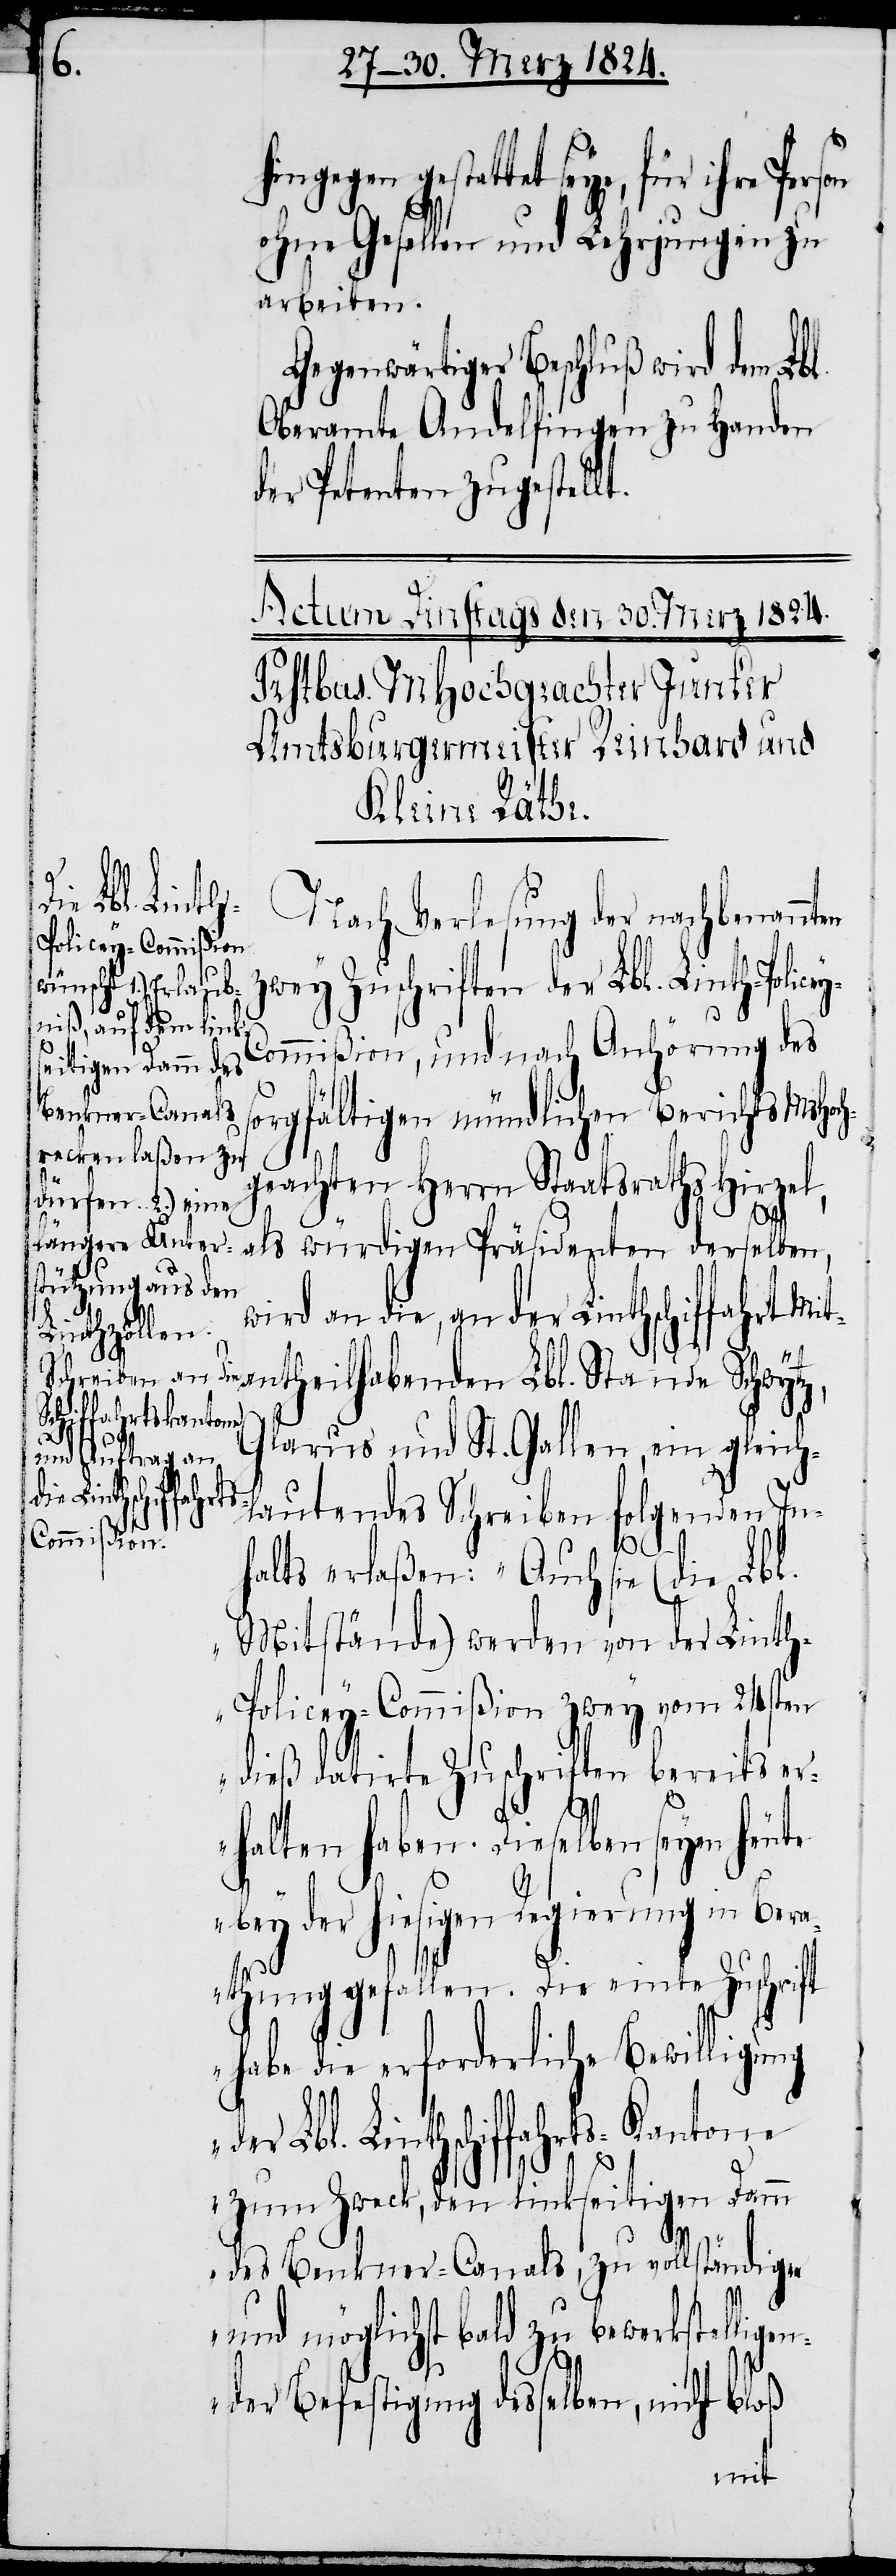
t.

gegen gestattet seye, für ihre
ohne Gesellen und Lehrjungen zu
arbeiten.
genwärtiger Beschluß wird dem Lb¬
Oberamte Andelfingen zu Handen
der Petenten zugestell¬
z,
der Lbl. Linth¬
Nach Verlesung der nachbenannten
zwey Zuschriften der Lbl. Linth-Polic¬
l.
ommißion, und nach Anhörung des
orgfältigen mündlichen Berichts MHoch¬
s¬
geachten Herrn Staatsraths Hirzel,
ey-C¬
als würdigen Präsidenten derselben,
wird an die, an der Linthschiffahrt M¬
itantheilhabenden Lbl. Stande Schwyt¬
schiffahrts-Kantone
Glarus und St. Gallen, ein gleich¬
lautendes Schreiben folgenden In¬
halts erlaßen: „Auch sie (die Lbl.
Mitstände) werden von der Lint¬
h-Policey-Commißion zwey vom 24sten
dieß datirte Zuschriften bereits er¬
halten haben. Dieselben seyen heute
bey der hiesigen Regierung in Ber¬
athung gefallen. Die einte Zuschrift
habe die erforderliche Bewilligung
zum Zweck, den linkseitigen Damm
des Benkner-Canals, zu vollständiger
und möglichst bald zu bewerkstellig¬
ender Befestigung desselben, nicht bloß